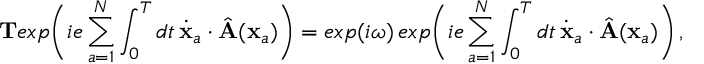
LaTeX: { \bf T } e x p \biggl ( i e \sum _ { a = 1 } ^ { N } \int _ { 0 } ^ { T } d t \, { \dot { \bf x } } _ { a } \cdot { \hat { \bf A } } ( { \bf x } _ { a } ) \biggr ) = e x p ( i \omega ) \, e x p \biggl ( i e \sum _ { a = 1 } ^ { N } \int _ { 0 } ^ { T } d t \, { \dot { \bf x } } _ { a } \cdot { \hat { \bf A } } ( { \bf x } _ { a } ) \biggr ) \, ,